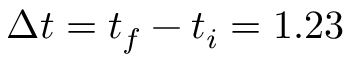
\Delta t = t _ { f } - t _ { i } = 1 . 2 3